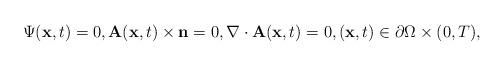
LaTeX: \begin{align*}{\displaystyle \Psi(\mathbf{x},t)=0,\mathbf{A}(\mathbf{x},t)\times\mathbf{n}=0, \nabla \cdot \mathbf{A}(\mathbf{x},t) = 0, (\mathbf{x},t)\in\partial \Omega\times(0,T),}\end{align*}